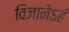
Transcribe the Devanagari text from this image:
विजानेऽहं